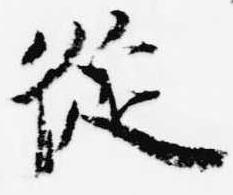
従